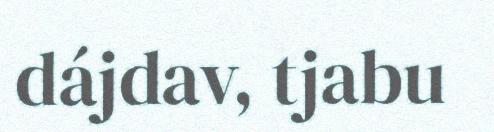
dájdav, tjabu